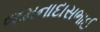
જમનાદાસભાઈ